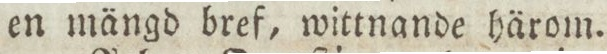
en mängd bref, wittnande härom.